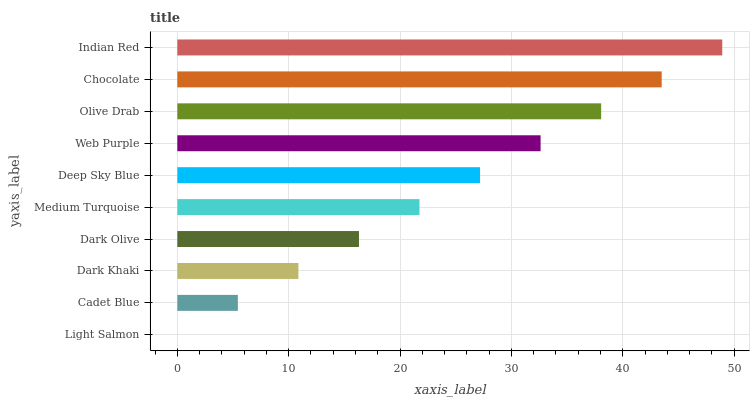
| yaxis_label | bars |
 | --- | --- |
 | Light Salmon | 0 |
 | Cadet Blue | 5.44 |
 | Dark Khaki | 10.9 |
 | Dark Olive | 16.3 |
 | Medium Turquoise | 21.8 |
 | Deep Sky Blue | 27.2 |
 | Web Purple | 32.6 |
 | Olive Drab | 38.1 |
 | Chocolate | 43.5 |
 | Indian Red | 48.9 |